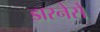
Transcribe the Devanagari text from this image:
डारनेसे